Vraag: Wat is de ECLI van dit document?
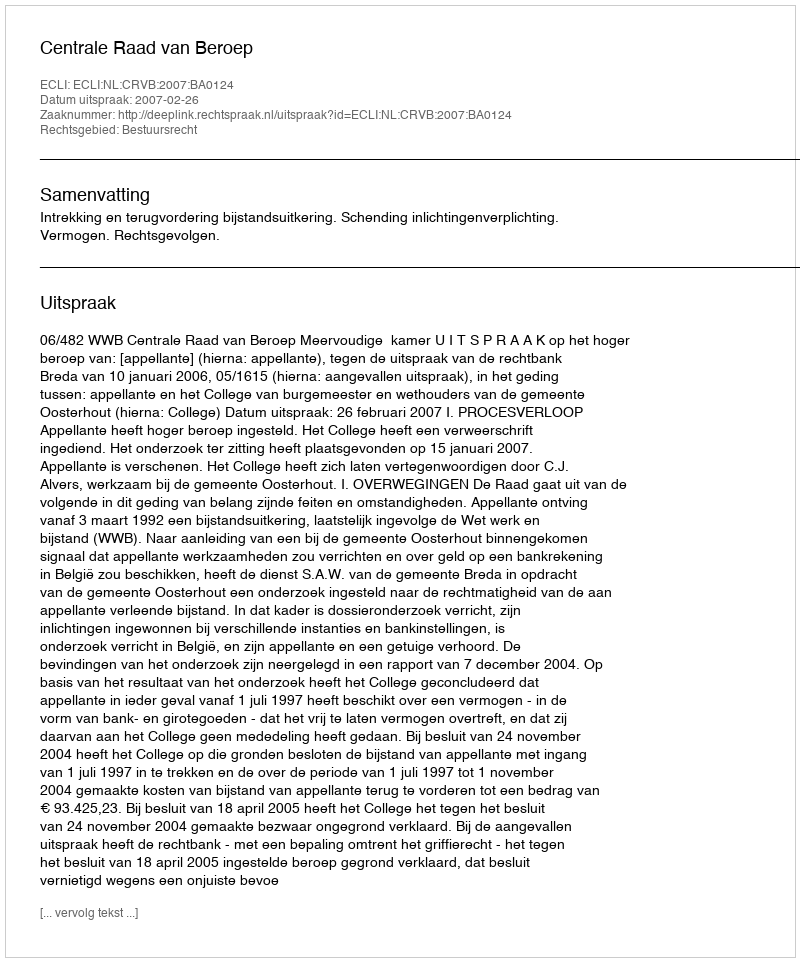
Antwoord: ECLI:NL:CRVB:2007:BA0124